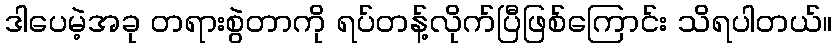
ဒါပေမဲ့အခု တရားစွဲတာကို ရပ်တန့်လိုက်ပြီဖြစ်ကြောင်း သိရပါတယ်။